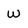
Character: w